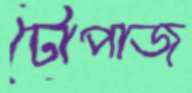
টোপাজ